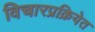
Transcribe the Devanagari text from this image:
विचारप्रक्रियेत